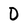
Character: D